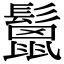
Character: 鬛